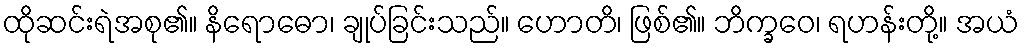
ထိုဆင်းရဲအစု၏။ နိရောဓော၊ ချုပ်ခြင်းသည်။ ဟောတိ၊ ဖြစ်၏။ ဘိက္ခဝေ၊ ရဟန်းတို့။ အယံ